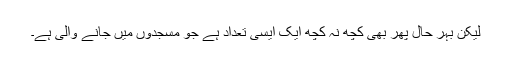
لیکن بہر حال پھر بھی کچھ نہ کچھ ایک ایسی تعداد ہے جو مسجدوں میں جانے والی ہے۔